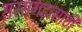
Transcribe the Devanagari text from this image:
सरसगडासाठी